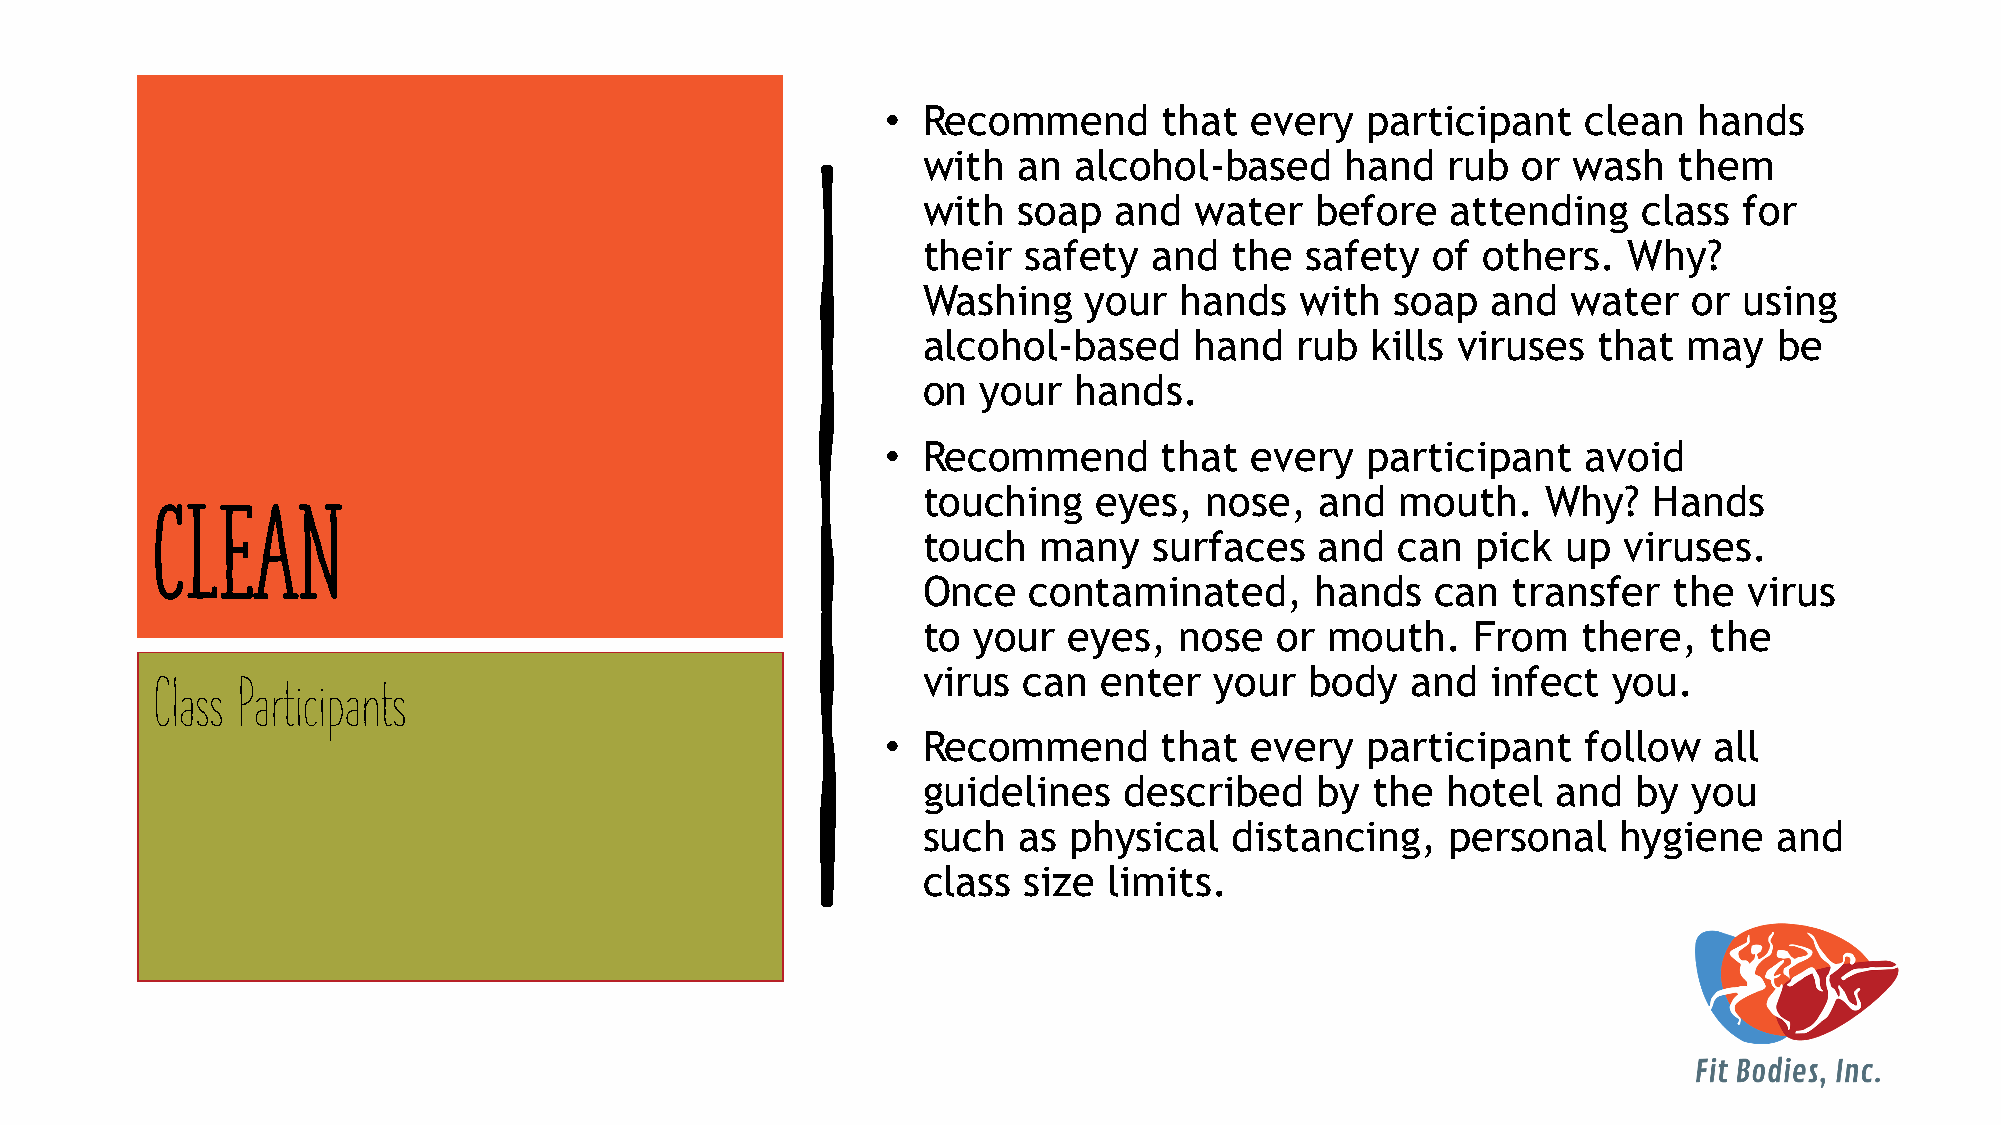
• Recommend       that  every  participant    clean  hands
 with  an  alcohol-based     hand   rub  or wash   them
 with  soap   and  water   before   attending    class for
 their  safety  and   the safety   of others.   Why?
 Washing    your  hands   with  soap   and  water   or using
 alcohol-based     hand   rub  kills viruses  that  may   be
 on  your  hands.
 • Recommend       that  every  participant    avoid
 touching    eyes,  nose,  and   mouth.   Why?   Hands
 CLEAN
 touch   many   surfaces   and   can  pick  up viruses.
 Once   contaminated,      hands   can  transfer   the  virus
 to your   eyes,  nose  or  mouth.    From   there,  the
 virus  can  enter  your   body  and   infect  you.
 Class Participants
 • Recommend       that  every  participant    follow  all
 guidelines   described    by  the  hotel  and  by  you
 such  as  physical   distancing,   personal   hygiene    and
 class  size limits.